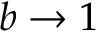
b \to 1